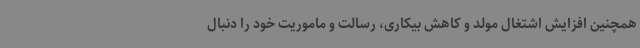
همچنین افزایش اشتغال مولد و کاهش بیکاری، رسالت و ماموریت خود را دنبال